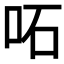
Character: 𠰴